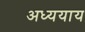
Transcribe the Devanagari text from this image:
अध्ययाय